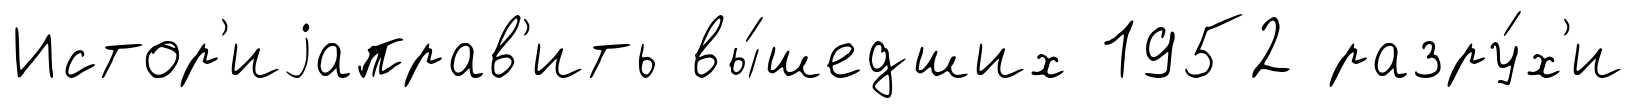
Истор'иjаправ'ить вы́шедших 1952 разру́х'и